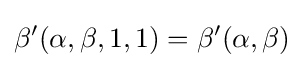
\beta '(\alpha ,\beta ,1,1)=\beta '(\alpha ,\beta )